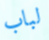
لباب